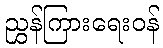
ညွှန်ကြားရေးဝန်